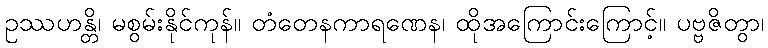
ဥဿဟန္တိ၊ မစွမ်းနိုင်ကုန်။ တံတေနကာရဏေန၊ ထိုအကြောင်းကြောင့်။ ပဗ္ဗဇိတွာ၊